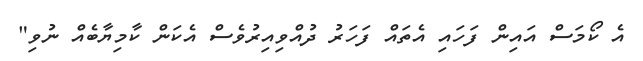
އެ ކޯމަސް އައިން ފަހައި އެތައް ފަހަރު ދުއްވިއިރުވެސް އެކަން ކާމިޔާބެއް ނުވި"